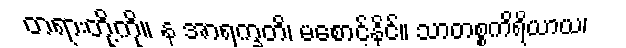
တရားတို့ကို။ န အာရက္ခတိ၊ မစောင့်နိုင်။ သာတစ္စကိရိယာယ၊